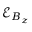
\mathcal { E } _ { B _ { z } }